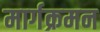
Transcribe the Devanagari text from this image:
मार्गक्रमन